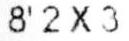
8' 2 X 3